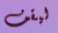
ليقف